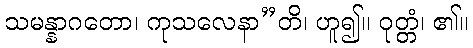
သမန္နာဂတော၊ ကုသလေနာ”တိ၊ ဟူ၍။ ဝုတ္တံ၊ ၏။